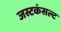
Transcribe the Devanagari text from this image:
जस्टकंसल्ट